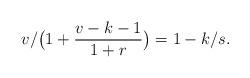
LaTeX: \begin{align*}v/\big(1+\frac{v-k-1}{1+r}\big)=1-k/s.\end{align*}